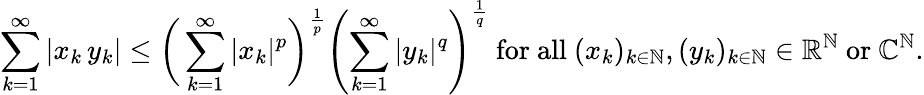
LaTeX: \sum_{k=1}^{\infty}|x_{k}\, y_{k}|\leq{\biggl(}\sum_{k=1}^{\infty}|x_{k}|^{p}{\biggr)}^{\frac{1}{p}}\left(\sum_{k=1}^{\infty}|y_{k}|^{q}\right)^{\frac{1}{q}}{\mathrm{~for~all~}}(x_{k})_{k\in\mathbb{N}},(y_{k})_{k\in\mathbb{N}}\in\mathbb{R}^{\mathbb{N}}{\mathrm{~or~}}\mathbb{C}^{\mathbb{N}}.